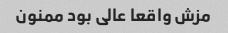
مزش واقعا عالی بود ممنون